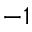
^ { - 1 }